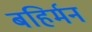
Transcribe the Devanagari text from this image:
बहिर्मन